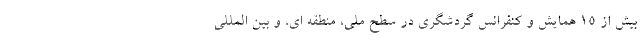
بیش از 15 همایش و کنفرانس گردشگری در سطح ملی، منطقه ای، و بین المللی